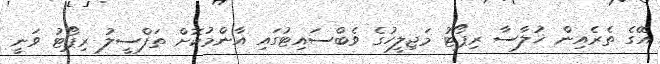
އޭގެ ތެރެއިން ޚުލާސާ ރިޕޯޓު މަޖިލީހުގެ ވެބްސައިޓުގައި އާންމުކޮށް ތަފްސީލު ރިޕޯޓު ވަނީ